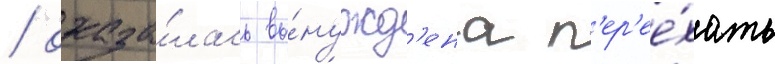
/ оказа́лась вы́нужд'ена п'ер'ее́хать